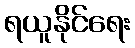
ရယူနိုင်ရေး